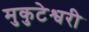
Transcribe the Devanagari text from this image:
मुकुटेश्वरी